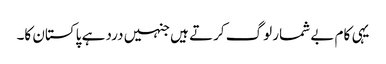
یہی کام بے شمار لوگ کرتے ہیں جنہیں درد ہے پاکستان کا۔